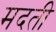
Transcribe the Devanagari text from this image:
मदती